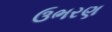
ઉભરણ